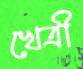
খেত্রী